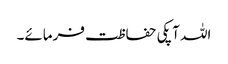
اللہ آپکی حفاظت فرمائے۔